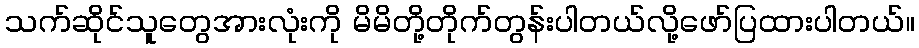
သက်ဆိုင်သူတွေအားလုံးကို မိမိတို့တိုက်တွန်းပါတယ်လို့ဖော်ပြထားပါတယ်။